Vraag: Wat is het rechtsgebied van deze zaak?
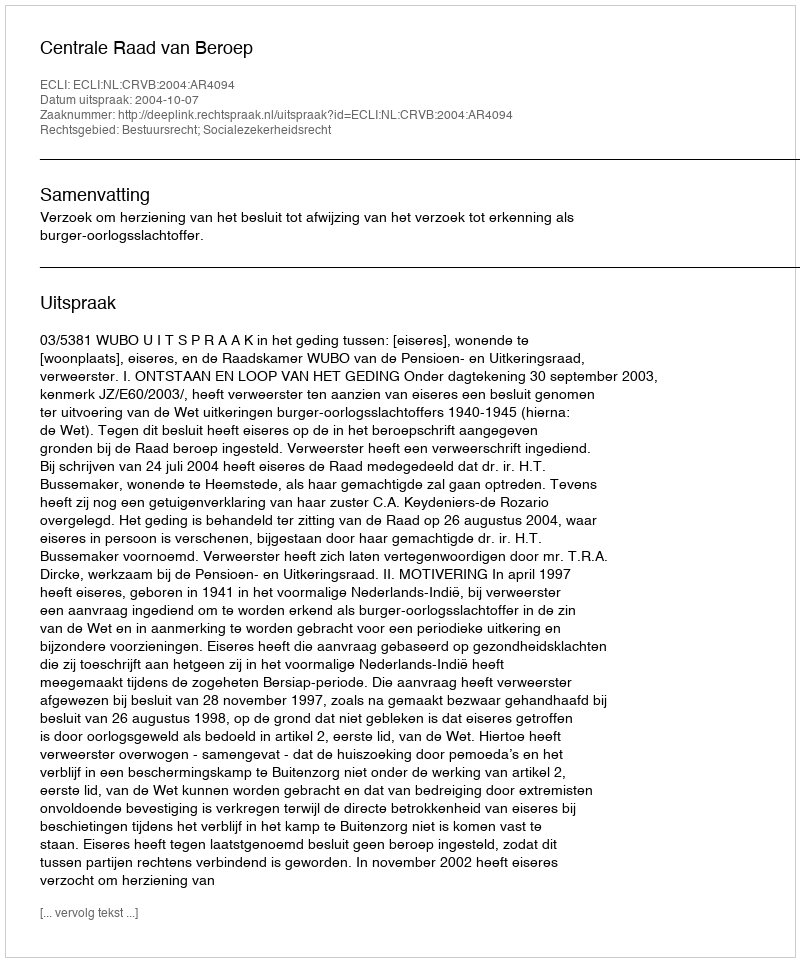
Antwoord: Bestuursrecht; Socialezekerheidsrecht